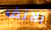
الانف